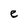
Character: e